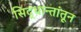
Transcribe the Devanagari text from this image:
सिद्धान्तांतून